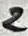
Text: 2